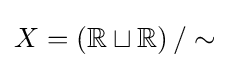
X=\left(\mathbb {R} \sqcup \mathbb {R} \right)/\sim